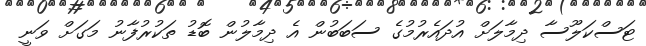
ޓަސްކަލޫސާ ދިމާލަށް އުދައެރުމުގެ ސަބަބުން އެ ދިމާލުން ބޮޑު ތަކުރުފާނު މަގަށް ވަނީ